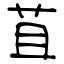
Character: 苴